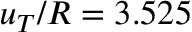
u _ { T } / R = 3 . 5 2 5